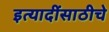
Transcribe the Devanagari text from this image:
इत्यादींसाठीचे